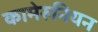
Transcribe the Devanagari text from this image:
कामेरुनियन